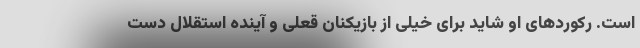
است. رکوردهای او شاید برای خیلی از بازیکنان قعلی و آینده استقلال دست